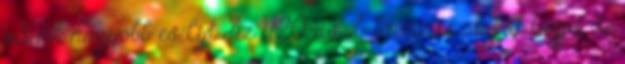
adunk nagyobb esélyt Az U20-as vb-bronzos csapat tagja, de